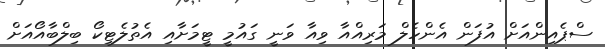
ސްޕެއިންއަށް އުފަން އެންހެލް މަރިއްއާ ވިއާ ވަނީ ގައުމީ ޓީމަށާއި އެތުލެޓިކޯ ބިލްބާއޯއަށް